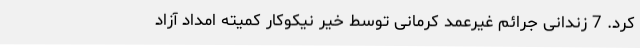
کرد. 7 زندانی جرائم غیرعمد کرمانی توسط خیر نیکوکار کمیته امداد آزاد